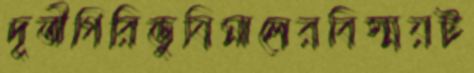
দূতীগিরিভুষিমালেরবিস্ময়ট